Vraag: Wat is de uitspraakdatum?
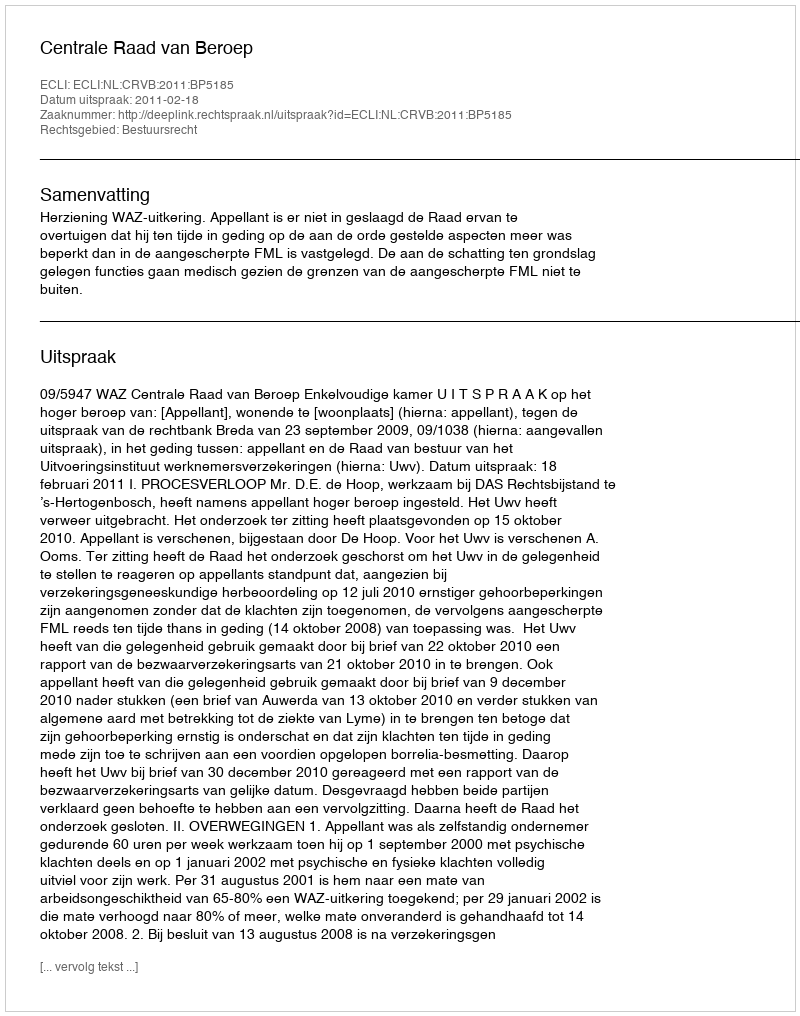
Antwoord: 2011-02-18